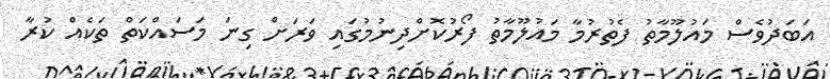
އަބަދުވެސް މައުލޫމާތު ފެތުރުމާ މައުލޫމާތު ފޯރުކޮށްދިނުމުގައި ވަރަށް ގިނަ މަސައްކަތް ތަކެއް ކުރާ